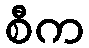
စီက